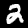
Label: 2